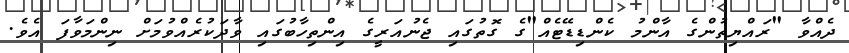
ދެއްވާ "ރައްޔިތުންގެ އާންމު ކެންޑިޑޭޓެއް"ގެ ގޮތުގައި ޖެނުއަރީގެ އިންތިހާބުގައި ވާދަކުރެއްވުމަށް ނިންމަވާފަ އެެވެ.